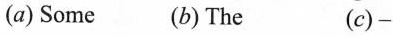
(a) Some (b) The (c)-